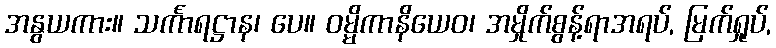
အနွယကား။ သင်္ကာရဋ္ဌာန၊ ပေ။ ဝမ္မိကာနိယေဝ၊ အမှိုက်စွန့်ရာအရပ်, မြက်ရှုပ်,